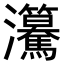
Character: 𤅲